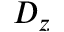
D _ { z }